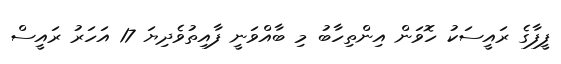
ފީފާގެ ރައީސަކު ހޮވަން އިންތިހާބު މި ބާއްވަނީ ފާއިތުވެދިޔަ 17 އަހަރު ރައީސް